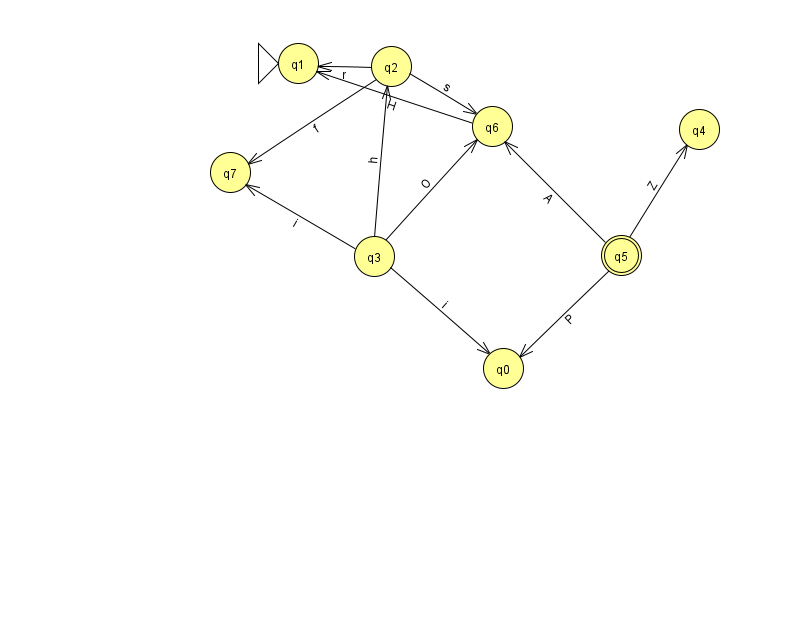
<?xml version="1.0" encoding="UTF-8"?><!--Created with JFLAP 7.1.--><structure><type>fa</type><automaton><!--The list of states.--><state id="0" name="q0"><x>503.0</x><y>355.0</y></state><state id="1" name="q1"><x>298.0</x><y>50.0</y><initial/></state><state id="2" name="q2"><x>391.0</x><y>53.0</y></state><state id="3" name="q3"><x>374.0</x><y>243.0</y></state><state id="4" name="q4"><x>699.0</x><y>116.0</y></state><state id="5" name="q5"><x>621.0</x><y>242.0</y><final/></state><state id="6" name="q6"><x>492.0</x><y>113.0</y></state><state id="7" name="q7"><x>230.0</x><y>159.0</y></state><!--The list of transitions.--><transition><from>6</from><to>1</to><read>H</read></transition><transition><from>3</from><to>2</to><read>h</read></transition><transition><from>2</from><to>1</to><read>r</read></transition><transition><from>3</from><to>6</to><read>O</read></transition><transition><from>5</from><to>4</to><read>Z</read></transition><transition><from>3</from><to>0</to><read>i</read></transition><transition><from>5</from><to>6</to><read>A</read></transition><transition><from>2</from><to>7</to><read>f</read></transition><transition><from>3</from><to>7</to><read>i</read></transition><transition><from>2</from><to>6</to><read>s</read></transition><transition><from>5</from><to>0</to><read>P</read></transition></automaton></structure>